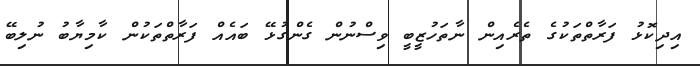
އިދިކޮޅު ފަރާތްތަކުގެ ތެރެއިން ނާތަހުޒީބީ ވިސްނުން ގެންގުޅޭ ބައެއް ފަރާތްތަކުން ކާމިޔާބު ނުލިބޭ